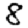
Digit: 8